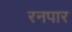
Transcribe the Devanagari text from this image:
रनपार